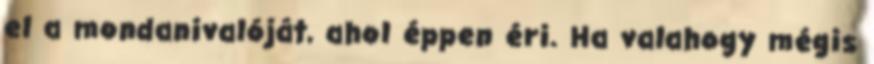
el a mondanivalóját, ahol éppen éri. Ha valahogy mégis